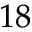
1 8